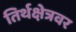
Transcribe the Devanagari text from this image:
तिर्थक्षेत्रवर